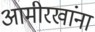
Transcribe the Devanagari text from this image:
आमीरखांना